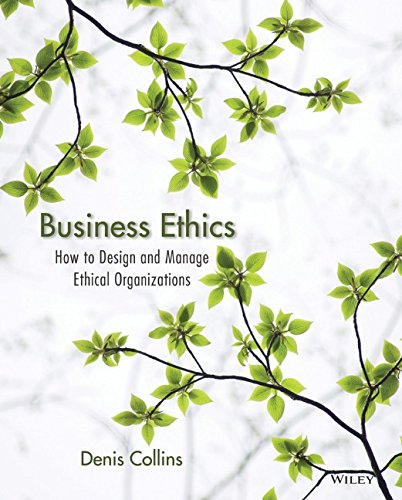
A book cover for Business Ethics: How to Design and Manage Ethical Organizations; Denis Collins; Business & Money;